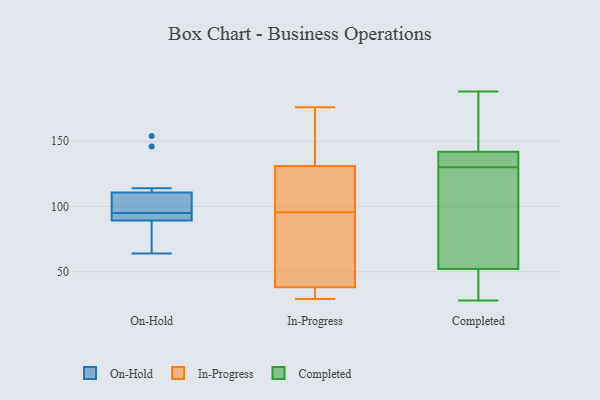
{"axis": {"x": "Tickets Resolved", "y": "Value"}, "legend": ["Completed", "In-Progress", "On-Hold"], "data": [{"x": "", "y": 89, "type": "On-Hold"}, {"x": "", "y": 93, "type": "On-Hold"}, {"x": "", "y": 146, "type": "On-Hold"}, {"x": "", "y": 64, "type": "On-Hold"}, {"x": "", "y": 98, "type": "On-Hold"}, {"x": "", "y": 73, "type": "On-Hold"}, {"x": "", "y": 90, "type": "On-Hold"}, {"x": "", "y": 154, "type": "On-Hold"}, {"x": "", "y": 101, "type": "On-Hold"}, {"x": "", "y": 114, "type": "On-Hold"}, {"x": "", "y": 95, "type": "On-Hold"}, {"x": "", "y": 176, "type": "In-Progress"}, {"x": "", "y": 146, "type": "In-Progress"}, {"x": "", "y": 88, "type": "In-Progress"}, {"x": "", "y": 110, "type": "In-Progress"}, {"x": "", "y": 153, "type": "In-Progress"}, {"x": "", "y": 37, "type": "In-Progress"}, {"x": "", "y": 38, "type": "In-Progress"}, {"x": "", "y": 38, "type": "In-Progress"}, {"x": "", "y": 116, "type": "In-Progress"}, {"x": "", "y": 29, "type": "In-Progress"}, {"x": "", "y": 86, "type": "In-Progress"}, {"x": "", "y": 103, "type": "In-Progress"}, {"x": "", "y": 138, "type": "Completed"}, {"x": "", "y": 125, "type": "Completed"}, {"x": "", "y": 135, "type": "Completed"}, {"x": "", "y": 174, "type": "Completed"}, {"x": "", "y": 30, "type": "Completed"}, {"x": "", "y": 165, "type": "Completed"}, {"x": "", "y": 99, "type": "Completed"}, {"x": "", "y": 35, "type": "Completed"}, {"x": "", "y": 91, "type": "Completed"}, {"x": "", "y": 52, "type": "Completed"}, {"x": "", "y": 142, "type": "Completed"}, {"x": "", "y": 28, "type": "Completed"}, {"x": "", "y": 188, "type": "Completed"}, {"x": "", "y": 135, "type": "Completed"}]}